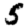
Digit: 5